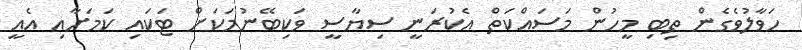
ހަވާލުވެގެން ތިބި މީހުން މަސައްކަތް އެކުރަނީ ސިޔާސީ ވަކިބޭނުމަކަށް ޓަކައި ކަމަށާއި އެއީ